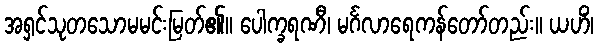
အရှင်သုတသောမမင်းမြတ်၏။ ပေါက္ခရဏီ၊ မင်္ဂလာရေကန်တော်တည်း။ ယဟိံ၊